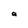
Character: a